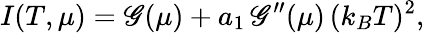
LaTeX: I(T,\mu)=\mathscr{G}(\mu)+a_{1}\, \mathscr{G}^{\prime\prime}(\mu)\, (k_{B}T)^{2},